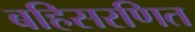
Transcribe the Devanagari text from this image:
बहिसरणित